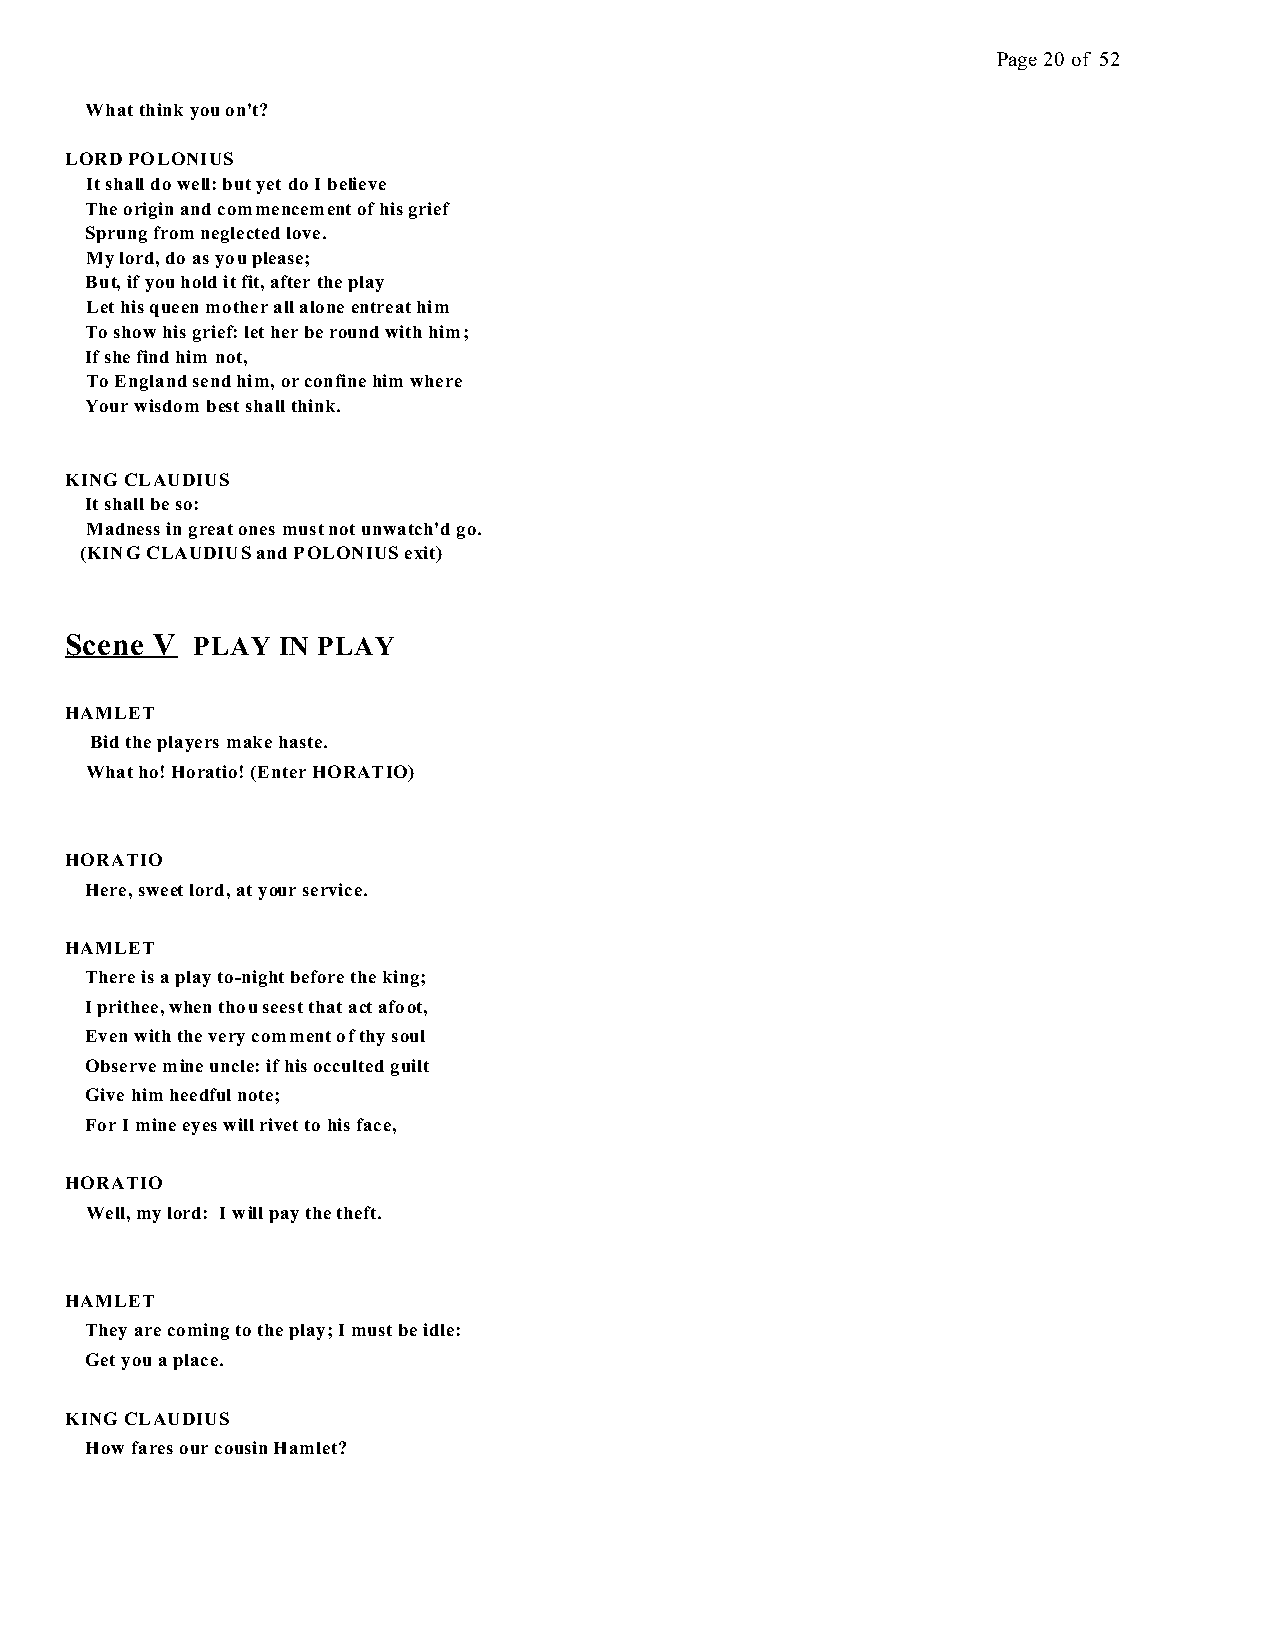
Page 20 of 52
 What think you on't?
 LORD POLONIUS
 It shall do well: but yet do I believe
 The origin and commencement of his grief
 Sprung from neglected love.
 My lord, do as you please;
 But, if you hold it fit, after the play
 Let his queen mother all alone entreat him
 To show his grief: let her be round with him;
 If she find him not,
 To England send him, or confine him where
 Your wisdom best shall think.
 KING CLAUDIUS
 It shall be so:
 Madness in great ones must not unwatch'd go.
 (KING CLAUDIUS and POLONIUS exit)
 Scene V  PLAY IN PLAY
 HAMLET
 Bid the players make haste.
 What ho! Horatio! (Enter HORATIO)
 HORATIO
 Here, sweet lord, at your service.
 HAMLET
 There is a play to-night before the king;
 I prithee, when thou seest that act afoot,
 Even with the very comment of thy soul
 Observe mine uncle: if his occulted guilt
 Give him heedful note;
 For I mine eyes will rivet to his face,
 HORATIO
 Well, my lord: I will pay the theft.
 HAMLET
 They are coming to the play; I must be idle:
 Get you a place.
 KING CLAUDIUS
 How fares our cousin Hamlet?